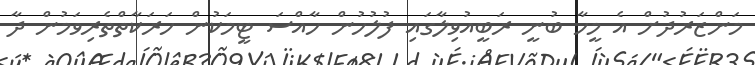
މަންޒަރުދުށް އެ މީހާ ބުނީ ރަބީއުވިލާގައި ފުލުހުން ހާއްސަ ޓީމަކުން ހަރަކާތްތެރިވަމުން ދާ